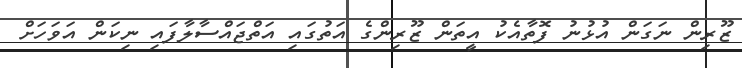
ޒޫރިން ނަގަން އުޅުނު ފޮތާއެކު އީތަން ޒޫރިންގެ އަތުގައި އަތްޖައްސާލާފައި ނިކަން އަވަހަށް